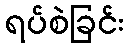
ရပ်စဲခြင်း